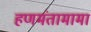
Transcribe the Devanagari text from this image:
हणमंतामामा